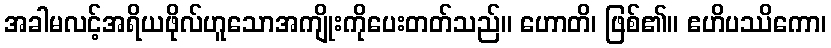
အခါမလင့်အရိယဖိုလ်ဟူသောအကျိုးကိုပေးတတ်သည်။ ဟောတိ၊ ဖြစ်၏။ ဧဟိပဿိကော၊